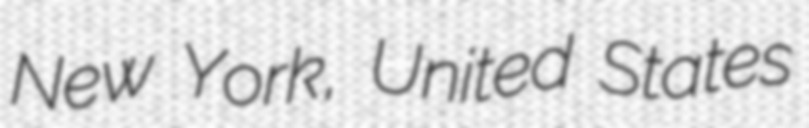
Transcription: New York, United States